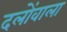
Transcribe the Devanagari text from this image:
दलोंवाला